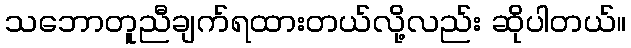
သဘောတူညီချက်ရထားတယ်လို့လည်း ဆိုပါတယ်။